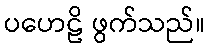
ပဟေဠိ ဖွက်သည်။